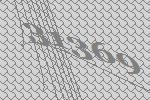
31369